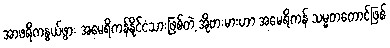
အာဖရိကနွယ်ဖွား အမေရိကန်နိုင်ငံသားဖြစ်တဲ့ အိုဗားမားဟာ အမေရိကန် သမ္မတတောင်ဖြစ်